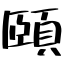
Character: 頤